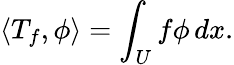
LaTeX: \langle T_{f},\phi\rangle=\int_{U}f\phi\, dx.